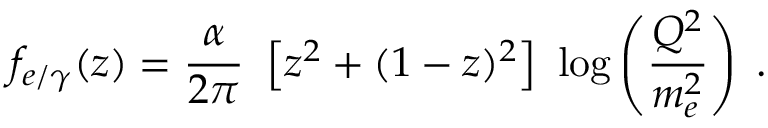
f _ { e / \gamma } ( z ) = \frac { \alpha } { 2 \pi } ~ \left[ z ^ { 2 } + ( 1 - z ) ^ { 2 } \right] ~ \log \left( \frac { Q ^ { 2 } } { m _ { e } ^ { 2 } } \right) \; .